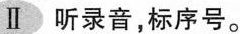
Ⅱ 听录音，标序号。